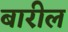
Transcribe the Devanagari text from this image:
बारील